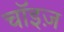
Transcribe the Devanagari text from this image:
चॉइज़